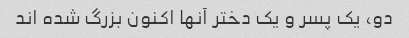
دو، یک پسر و یک دختر آنها اکنون بزرگ شده اند